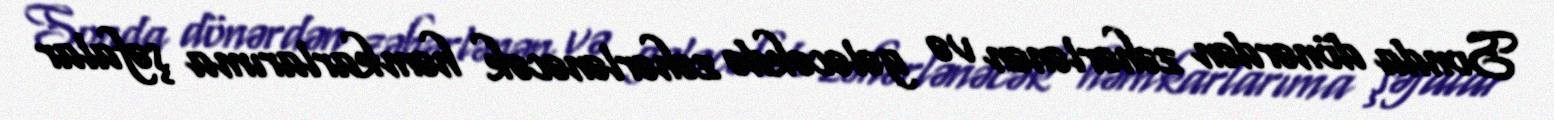
Sonda dönərdən zəhərlənən və gələcəkdə zəhərlənəcək həmkarlarıma şəfalar